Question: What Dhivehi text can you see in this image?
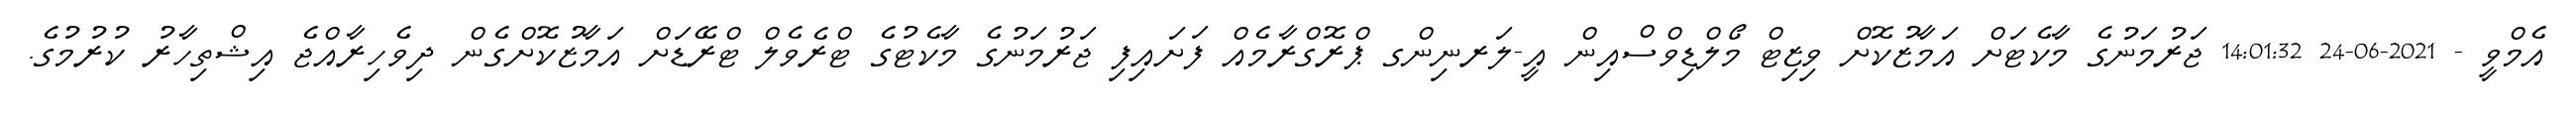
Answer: އެމްވީ - 2021-06-24 14:01:32 ޖަރުމަނުގެ މާކެޓަށް އަމާޒުކޮށް ވިޒިޓް މޯލްޑިވްސްއިން އީ-ލަރނިންގ ޕްރޮގްރާމެއް ފަށައިފި ޖަރުމަނުގެ މާކެޓުގެ ޓްރެވެލް ޓްރޭޑަށް އަމާޒުކޮށްގެން ދިވެހިރާއްޖެ އިޝްތިހާރު ކުރުމުގެ.